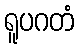
ရူပဂတံ